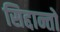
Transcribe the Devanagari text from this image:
सिद्दान्तो